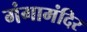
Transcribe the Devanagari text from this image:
गंगामंदिर